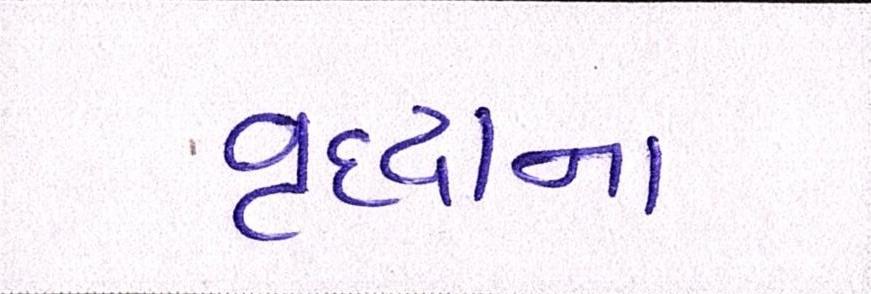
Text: વૃદ્ધાના